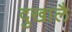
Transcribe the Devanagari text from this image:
दुखालै